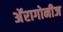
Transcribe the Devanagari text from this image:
अॅरागोनीज